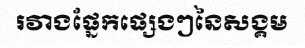
រវាងផ្នែកផ្សេងៗនៃសង្គម